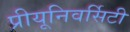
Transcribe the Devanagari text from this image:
प्रीयूनिवर्सिटी